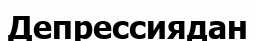
Депрессиядан